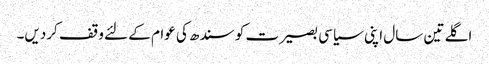
اگلے تین سال اپنی سیاسی بصیرت کو سندھ کی عوام کے لئے وقف کردیں۔